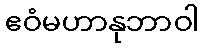
ဧဝံမဟာနုဘာဝါ